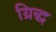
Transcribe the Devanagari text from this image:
ग्रिद्ध